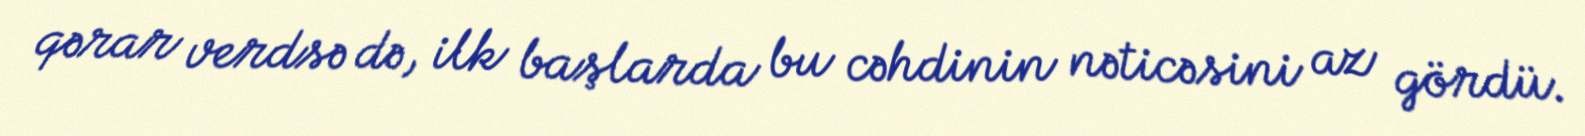
qərar verdsə də, ilk başlarda bu cəhdinin nəticəsini az gördü.